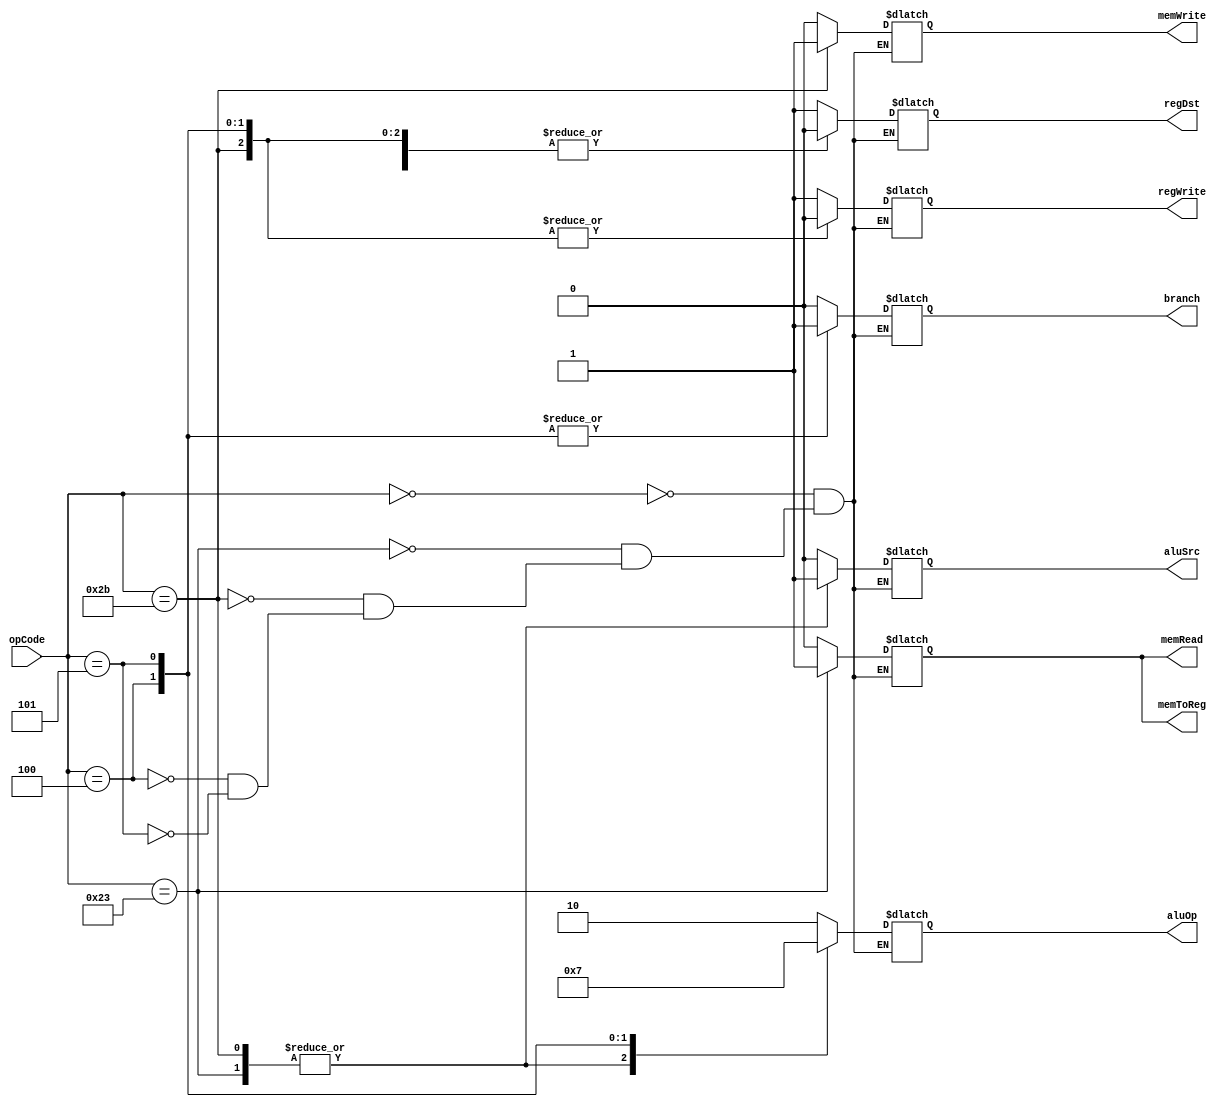
module controlUnit(opCode,regDst,branch,memRead,memToReg,aluOp,memWrite,aluSrc,regWrite);

input [5:0] opCode;

output regDst,branch,memRead,memToReg,memWrite,aluSrc,regWrite;
output [1:0] aluOp;
reg regDst,branch,memRead,memToReg,memWrite,aluSrc,regWrite;
reg [1:0] aluOp;

initial 
begin
regDst=0;
branch=0;
memRead=0;
memToReg=0;
memWrite=0;
aluSrc=0;
regWrite=0;
aluOp=0;
end

always @(opCode)
begin
case(opCode)
6'b000000:{regDst,aluSrc,memToReg,regWrite,memRead,memWrite,branch,aluOp}=9'b100100010;	//R-format
6'b100011:{regDst,aluSrc,memToReg,regWrite,memRead,memWrite,branch,aluOp}=9'b011110000;	//lw
6'b101011:{regDst,aluSrc,memToReg,regWrite,memRead,memWrite,branch,aluOp}=9'b010001000;	//sw
6'b000100:{regDst,aluSrc,memToReg,regWrite,memRead,memWrite,branch,aluOp}=9'b000000101;	//beq
6'b000101:{regDst,aluSrc,memToReg,regWrite,memRead,memWrite,branch,aluOp}=9'b000000111;	//bne
endcase
end

endmodule